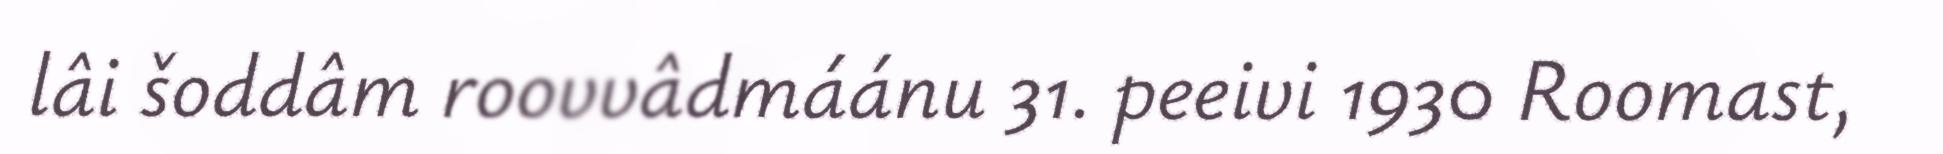
lâi šoddâm roovvâdmáánu 31. peeivi 1930 Roomast,